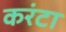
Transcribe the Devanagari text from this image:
करंटा